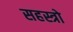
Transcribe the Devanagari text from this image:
सहस्त्रो